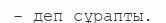
- деп сұрапты.